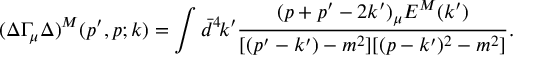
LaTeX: ( \Delta \Gamma _ { \mu } \Delta ) ^ { M } ( p ^ { \prime } , p ; k ) = \int \bar { d } ^ { 4 } \! k ^ { \prime } \frac { ( p + p ^ { \prime } - 2 k ^ { \prime } ) _ { \mu } E ^ { M } ( k ^ { \prime } ) } { [ ( p ^ { \prime } - k ^ { \prime } ) - m ^ { 2 } ] [ ( p - k ^ { \prime } ) ^ { 2 } - m ^ { 2 } ] } .